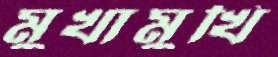
মুখামুখি